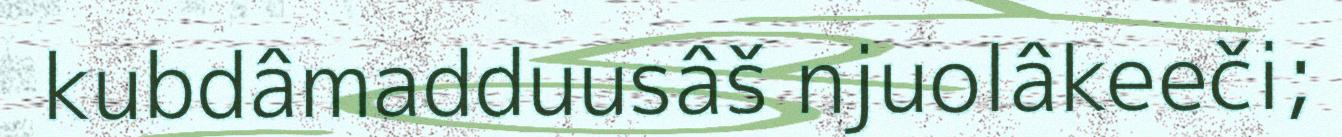
kubdâmadduusâš njuolâkeeči;